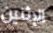
الإثنين